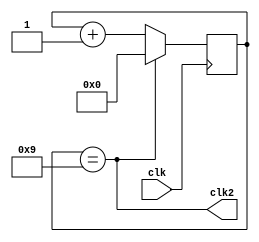
module counter(
    input clk,

    output clk2
);

assign clk2 = (cnt == 9);

reg [3:0]cnt = 0;

always @(posedge clk) begin
    if (clk2)
        cnt <= 0;
    else
        cnt <= cnt + 1;
end

endmodule